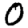
Digit: 0